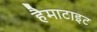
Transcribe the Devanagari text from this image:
हैमाटाइट